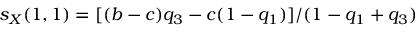
s _ { X } ( 1 , 1 ) = [ ( b - c ) q _ { 3 } - c ( 1 - q _ { 1 } ) ] / ( 1 - q _ { 1 } + q _ { 3 } )